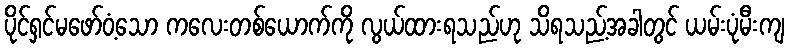
ပိုင်ရှင်မဖော်ဝံ့သော ကလေးတစ်ယောက်ကို လွယ်ထားရသည်ဟု သိရသည့်အခါတွင် ယမ်းပုံမီးကျ